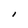
Character: I